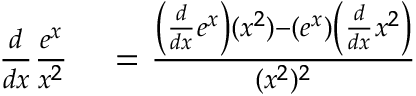
\begin{array} { r l } { { \frac { d } { d x } } { \frac { e ^ { x } } { x ^ { 2 } } } } & { { } = { \frac { \left( { \frac { d } { d x } } e ^ { x } \right) ( x ^ { 2 } ) - ( e ^ { x } ) \left( { \frac { d } { d x } } x ^ { 2 } \right) } { ( x ^ { 2 } ) ^ { 2 } } } } \end{array}